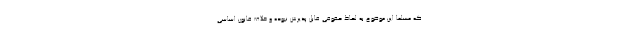
که مسلما این موضوع به لحاظ حقوقی قابل پذیرش نبوده و خلاف قانون اساسی